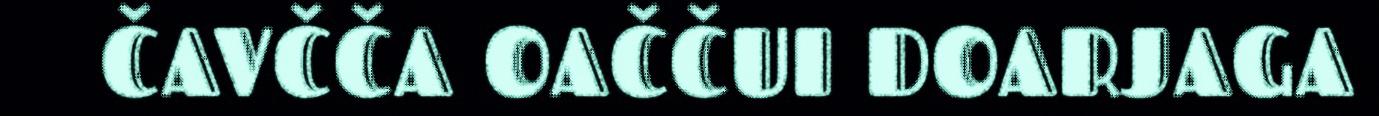
ČAVČČA OAČČUI DOARJAGA